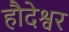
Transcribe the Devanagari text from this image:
हौदेश्वर